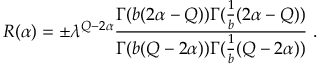
R ( \alpha ) = \pm \lambda ^ { Q - 2 \alpha } { \frac { \Gamma ( b ( 2 \alpha - Q ) ) \Gamma ( { \frac { 1 } { b } } ( 2 \alpha - Q ) ) } { \Gamma ( b ( Q - 2 \alpha ) ) \Gamma ( { \frac { 1 } { b } } ( Q - 2 \alpha ) ) } } \ .